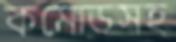
কমোডসহ